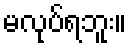
မလုပ်ရဘူး။